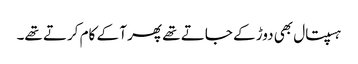
ہسپتال بھی دوڑ کے جاتے تھے پھر آ کے کام کرتے تھے۔